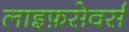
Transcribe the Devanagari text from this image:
लाइफ़सेवर्स